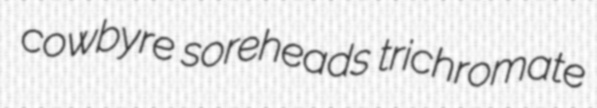
cowbyre soreheads trichromate